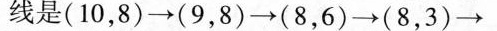
线是(10，8) \to (9，8) \to (8，6) \to (8，3) \to